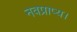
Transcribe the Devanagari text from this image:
नवप्राप्य।